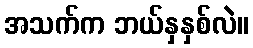
အသက်က ဘယ်နှနှစ်လဲ။